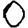
Digit: 0